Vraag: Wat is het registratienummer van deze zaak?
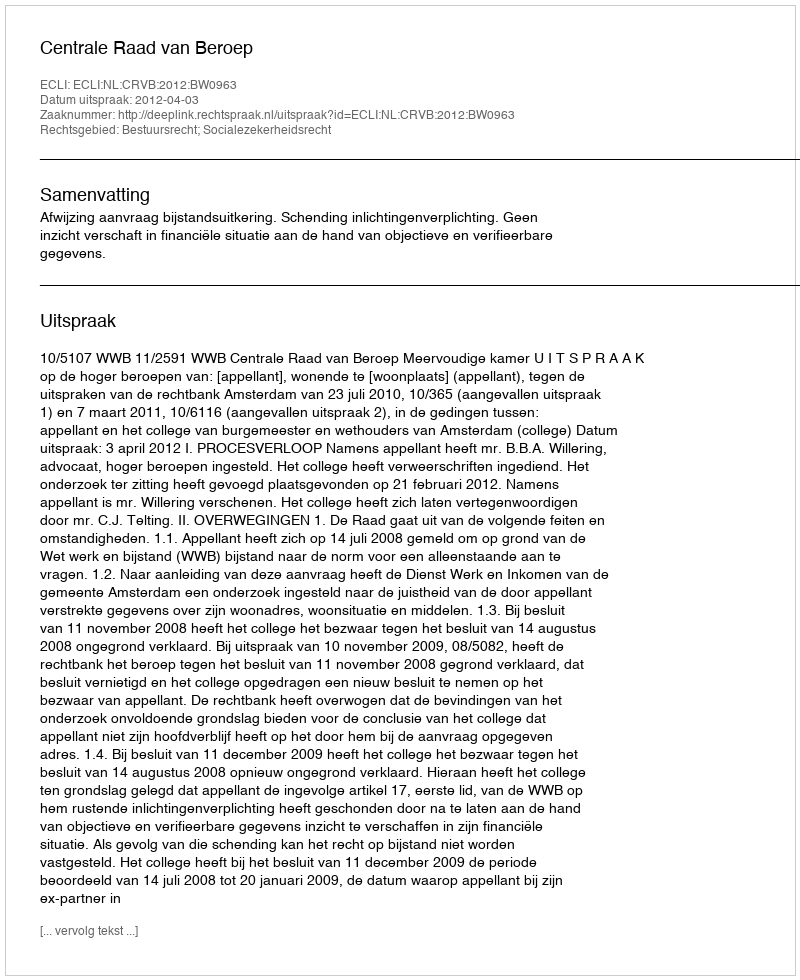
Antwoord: http://deeplink.rechtspraak.nl/uitspraak?id=ECLI:NL:CRVB:2012:BW0963